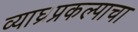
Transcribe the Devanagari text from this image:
व्याघ्रप्रकल्पाचा